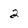
Character: 2